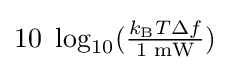
10\ \log _{10}({\tfrac {k_{\text{B}}T\Delta f}{\text{1 mW}}})